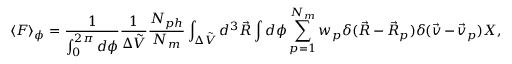
\langle F \rangle _ { \phi } = \frac { 1 } { \int _ { 0 } ^ { 2 \pi } d \phi } \frac { 1 } { \Delta \Tilde { V } } \frac { N _ { p h } } { N _ { m } } \int _ { \Delta \Tilde { V } } d ^ { 3 } \Vec { R } \int d \phi \sum _ { p = 1 } ^ { N _ { m } } w _ { p } \delta ( \Vec { R } - \Vec { R } _ { p } ) \delta ( \Vec { v } - \Vec { v } _ { p } ) X ,